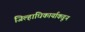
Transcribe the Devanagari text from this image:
जिल्हाधिकार्याकडून